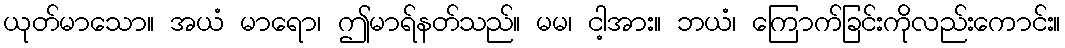
ယုတ်မာသော။ အယံ မာရော၊ ဤမာရ်နတ်သည်။ မမ၊ ငါ့အား။ ဘယံ၊ ကြောက်ခြင်းကိုလည်းကောင်း။